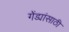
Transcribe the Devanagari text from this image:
गेंड्यांसाठी